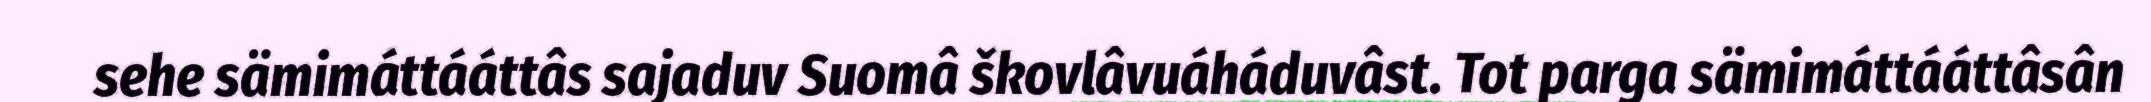
sehe sämimáttááttâs sajaduv Suomâ škovlâvuáháduvâst. Tot parga sämimáttááttâsân